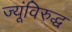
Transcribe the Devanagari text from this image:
ज्यूंविरुद्ध